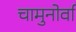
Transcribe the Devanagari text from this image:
चामुनोर्वा